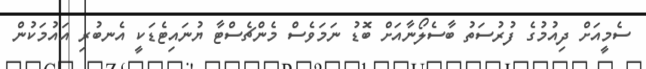
ސެމީއަށް ދިއުމުގެ ފުރުސަތު ބާސެލޯނާއަށް ބޮޑު ނަމަވެސް މެންޗެސްޓާ ޔުނައިޓެޑަކީ އެނބުރި އައުމަކުން